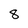
Character: 8